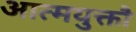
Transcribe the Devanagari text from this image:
आत्मयुक्तौ